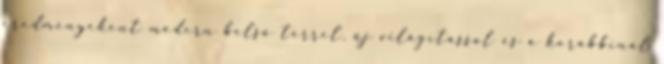
eredményeként modern belső térrel, új világítással és a korábbinál